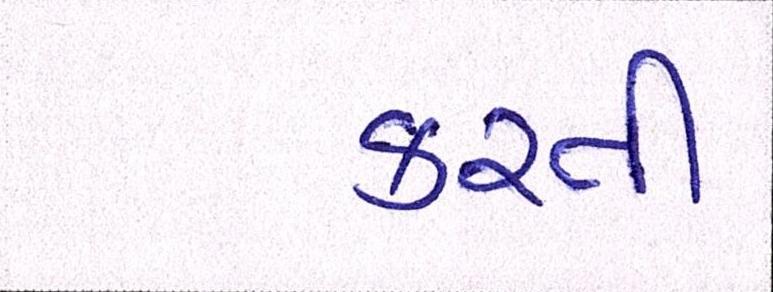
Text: કરતી